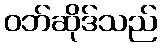
ဝဘ်ဆိုဒ်သည်